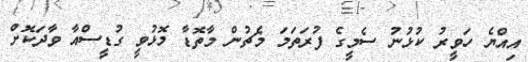
އިއްޔެ ހަވީރު ކުޅުނު ސެމީގެ ފުރަތަމަ މެޗުން މާތޮޑާ މޮޅުވީ ގުޑީސްއާ ވާދަކޮށް